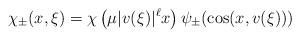
LaTeX: \begin{align*}\chi_\pm(x,\xi)=\chi\left(\mu|v(\xi)|^\ell x\right)\psi_\pm(\cos(x,v(\xi)))\end{align*}